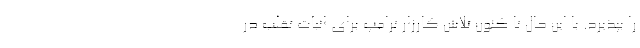
را بپذیرد. با این حال تا کنون تلاش کارزار ترامپ برای اثبات تقلب در